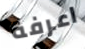
اعرفة